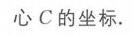
心$C$的坐标.